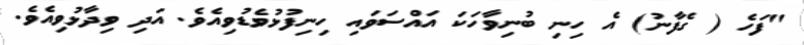
"ފަހެ ( ގެފާނު) އެ ހިނި ބުނިވާހަކަ އައްސަވައި ހިނިފުޅުވެޑުވިއެވެ. އަދި ވިދާޅުވިއެވެ.